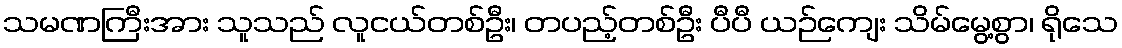
သမဏကြီးအား သူသည် လူငယ်တစ်ဦး၊ တပည့်တစ်ဦး ပီပီ ယဉ်ကျေး သိမ်မွေ့စွာ၊ ရိုသေ